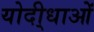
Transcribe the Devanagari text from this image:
योदी्धाओं